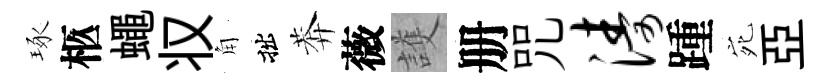
琢柩蠅𠬧角拙莾薇護册咒涛踵宛亞